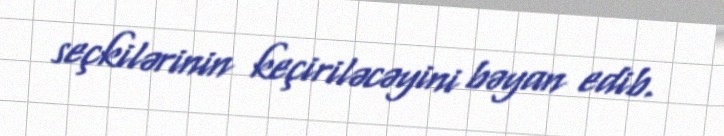
seçkilərinin keçiriləcəyini bəyan edib.